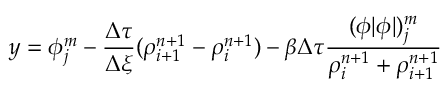
y = \phi _ { j } ^ { m } - \frac { \Delta \tau } { \Delta \xi } ( \rho _ { i + 1 } ^ { n + 1 } - \rho _ { i } ^ { n + 1 } ) - \beta \Delta \tau \frac { ( \phi | \phi | ) _ { j } ^ { m } } { \rho _ { i } ^ { n + 1 } + \rho _ { i + 1 } ^ { n + 1 } }